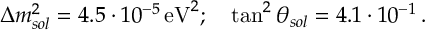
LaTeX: \Delta m _ { s o l } ^ { 2 } = 4 . 5 \cdot 1 0 ^ { - 5 } \, \mathrm { e V } ^ { 2 } ; \, ~ ~ \tan ^ { 2 } \theta _ { s o l } = 4 . 1 \cdot 1 0 ^ { - 1 } \, .